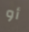
أو